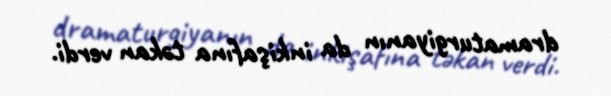
dramaturgiyanın da inkişafına təkan verdi.